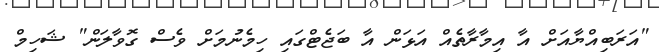
"އަރަބިއްޔާއަށް އާ އިމާރާތެއް އަޅަން އާ ބަޖެޓްގައި ހިމެނުމަށް ވެސް ގޮވާލަން" ޝަހިމް